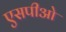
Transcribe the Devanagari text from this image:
एसपीओ